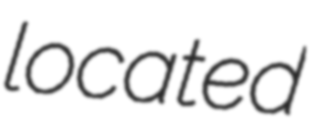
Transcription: located